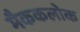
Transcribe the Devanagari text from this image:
मैककलोक